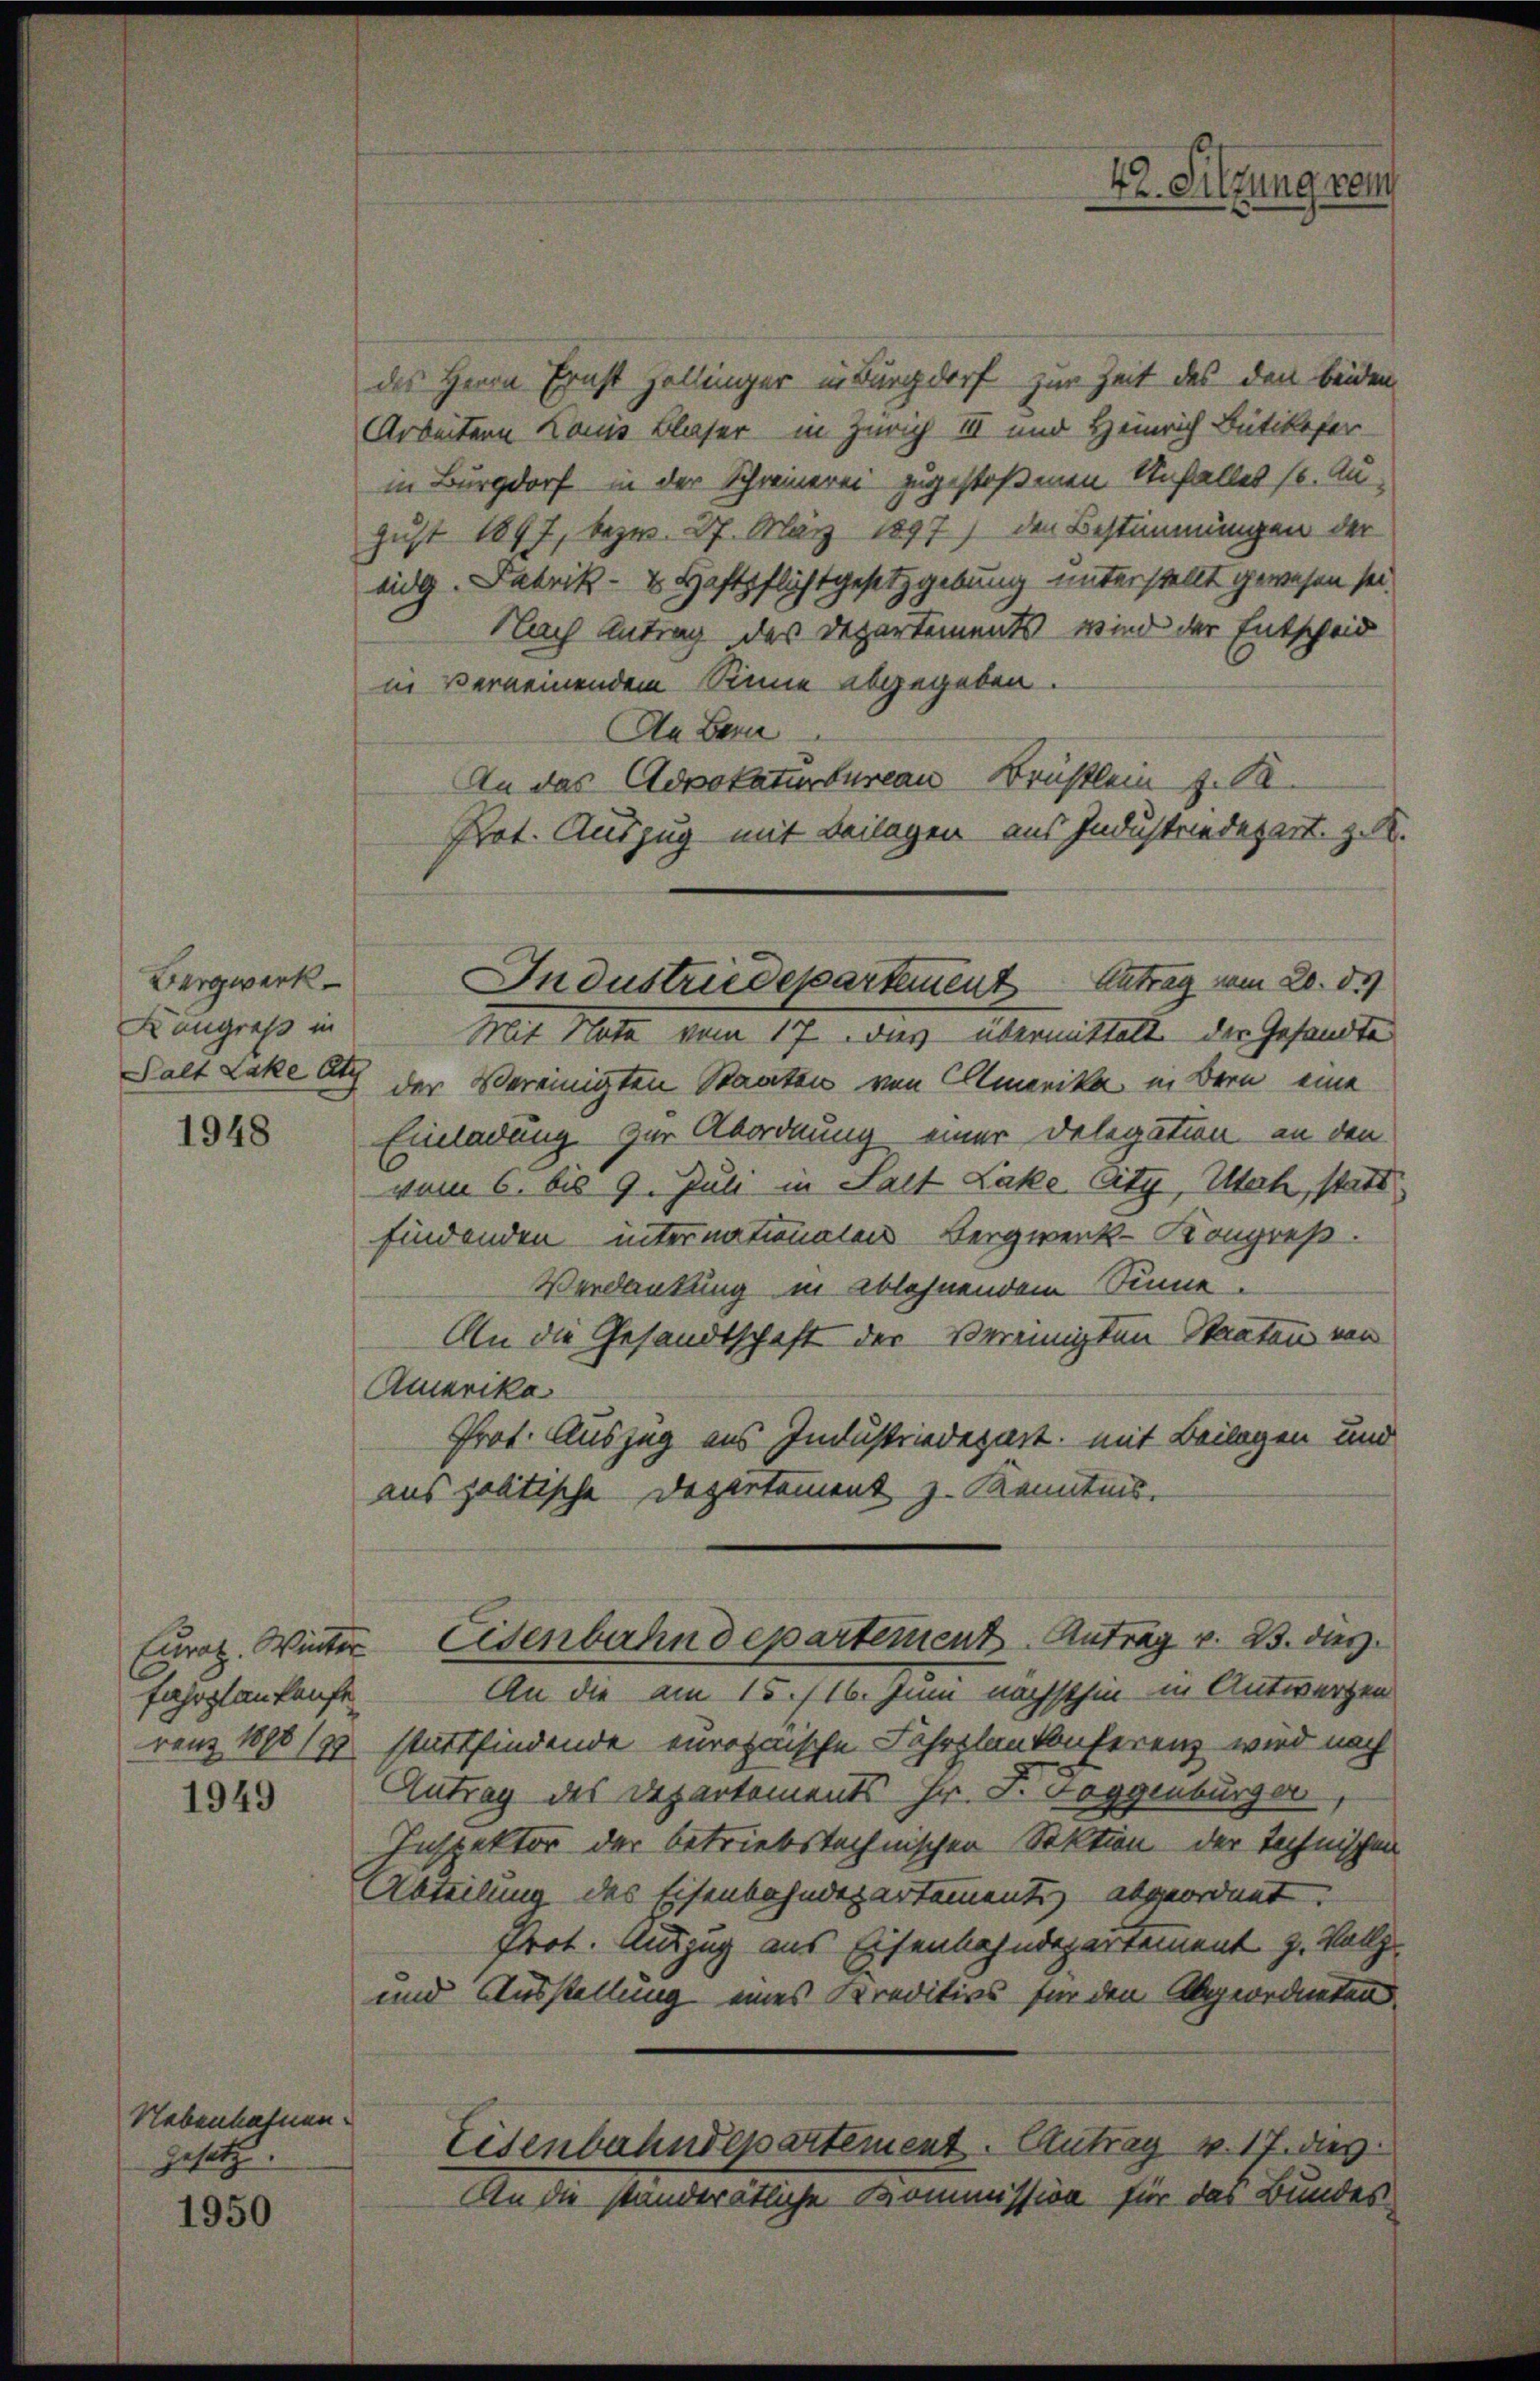
Bergwerk
Kangress in

1948

Fahrplankaufe

1949

Nebenhahnen.
gesetz

1950

des Herrn Ernst Zollinger in Burgdorf zur Zeit des den beiden
Arbeitern Kamis Blaser in Zürich III und Heinrich Bütikofer-
in Burgdorf in der Schreinerei zugestoßenen Unfalles (s. Au
gust 1897, bezw. 27. März 1897) den Bestimmungen der
eidg. Fabrik- & Haftpflichtgesetzgebung unterstellt gewesen sei.
Nach Antrag des Departements wird der Entscheid
in Vermeinendem Sinne abgegeben.
An Bern
An das Advokaturbureau Brüstlein z. B.
Prot. Auszug mit Beilagen aus Industriedepart. z. K.
Mit Nota vom 17. Das übermittelt der Gesandte
Palt Lake et der Vereinigten Staaten von Amerika in Bern eine
Einladung zur Abordnung einer Delegation an den
vom 6. bis 9. Juli in Salt Lake City, Utah, statt
findenden internationalen Bergwenk- Kongreß.
Verdankung in ablehnendem Sinne.
An die Gesandtschaft der Vereinigten Staaten von
Amerika
Prot. Auszug aus Industriedepart, mit Beilagen und
aus politische Departement z. Kenntnis.
Eurot. Winter Eisenbahndepartement Antrag v. 23. dies
An die am 15./16. Juni nächsthin in Antworten
ranz 1898/9 stattfindende europaische Fahrplankenferenz wird noch
Antrag des Departements Hr. J. Joggenbürger
Inspektor der betriebstechnischen Sektion der Technischen
Abteilung des Eisenbahndepartementi abgeordnet.
Prot. Auszug aus Eisenbahndepartement z. Vollz
und Ausstellung eines Kreditivs für den Abgeordneten
Eisenbahndepartement. Antrag v. 17. dies
An die standerätliche Kommission für das Bundes

Industriedepartement Antrag vom 20. d.)

42. Sitzung ren